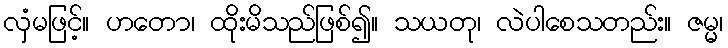
လှံမဖြင့်။ ဟတော၊ ထိုးမိသည်ဖြစ်၍။ သယတု၊ လဲပါစေသတည်း။ ဇမ္မ၊